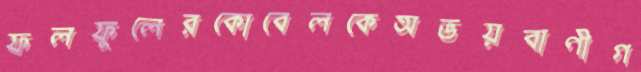
ফলফুলেরকোবেলকেঅভয়বাণীগ